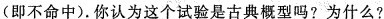
(即不命中).你认为这个试验是古典概型吗?为什么?